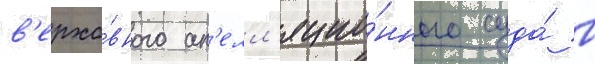
в'ерхо́вного ап'елл'яцио́нного суда́ в